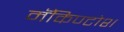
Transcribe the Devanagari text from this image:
मॅकिण्टोश